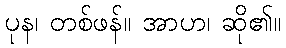
ပုန၊ တစ်ဖန်။ အာဟ၊ ဆို၏။